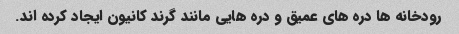
رودخانه ها دره های عمیق و دره هایی مانند گرند کانیون ایجاد کرده اند.